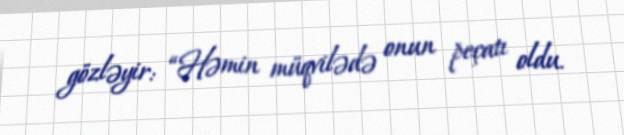
gözləyir: “Həmin müqvilədə onun peçatı oldu.